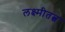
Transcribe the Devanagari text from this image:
लक्ष्मीतत्व